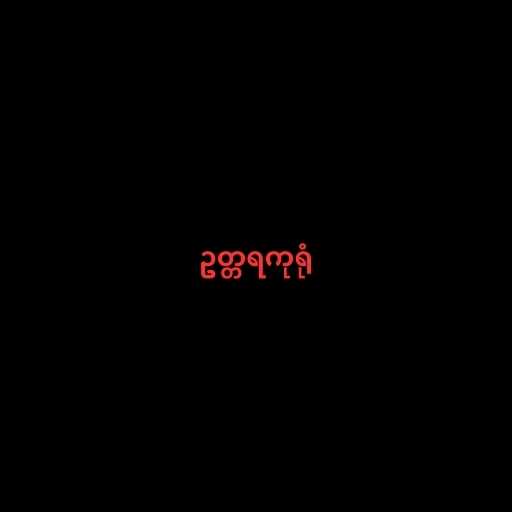
ဥတ္တရကုရုံ